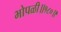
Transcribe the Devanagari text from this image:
भोपळी॥१८०॥